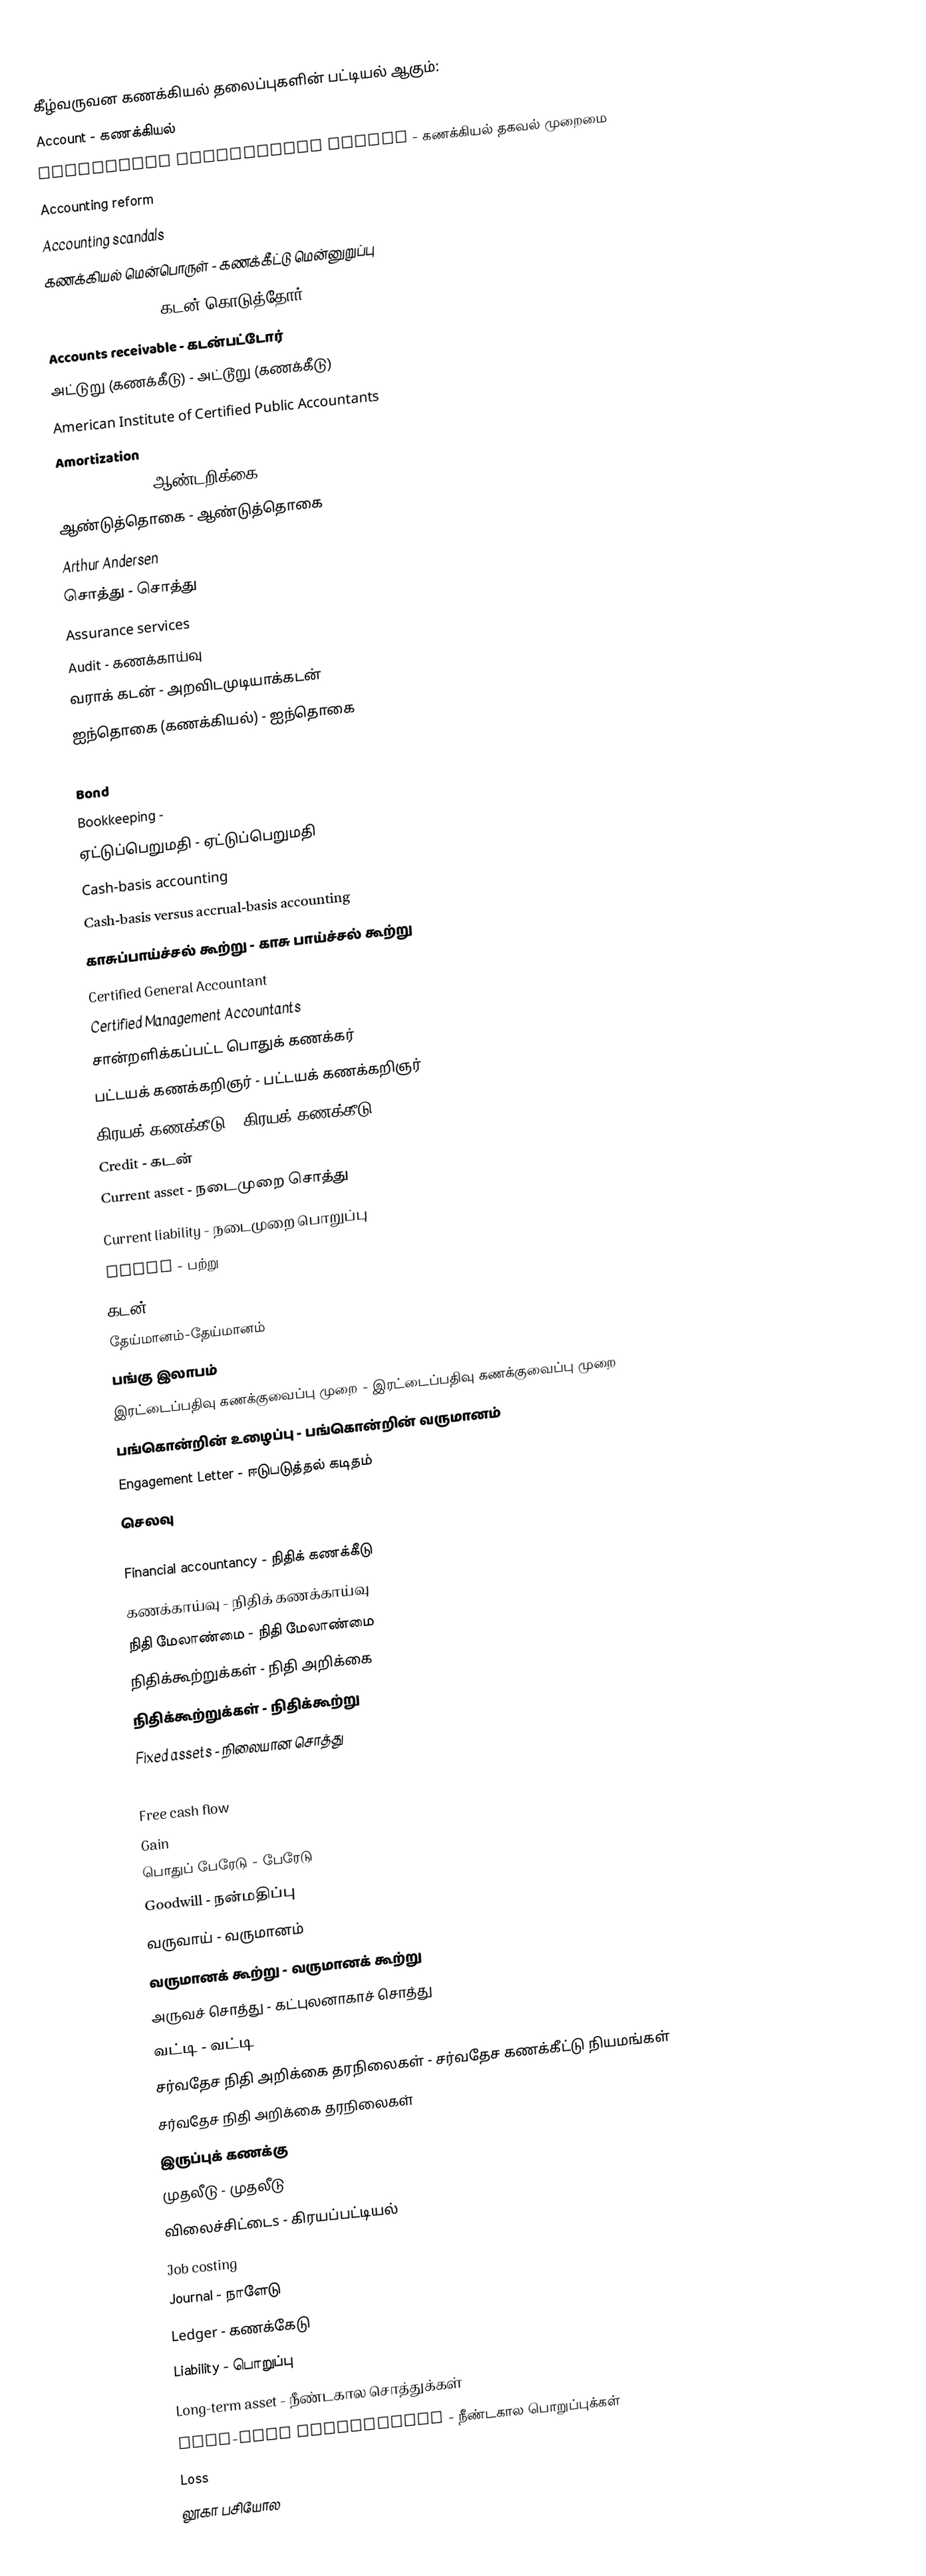
கீழ்வருவன கணக்கியல் தலைப்புகளின் பட்டியல் ஆகும்:
 Account - கணக்கியல்
 Accounting information system - கணக்கியல் தகவல் முறைமை
 Accounting reform
 Accounting scandals
 கணக்கியல் மென்பொருள் - கணக்கீட்டு மென்னுறுப்பு
 Accounts payable - கடன் கொடுத்தோர்
 Accounts receivable - கடன்பட்டோர்
 அட்டுறு (கணக்கீடு) - அட்டூறு (கணக்கீடு)
 American Institute of Certified Public Accountants
 Amortization
 Annual report - ஆண்டறிக்கை
 ஆண்டுத்தொகை - ஆண்டுத்தொகை
 Arthur Andersen
 சொத்து - சொத்து
 Assurance services
 Audit - கணக்காய்வு
 வராக் கடன் - அறவிடமுடியாக்கடன்
 ஐந்தொகை (கணக்கியல்) - ஐந்தொகை
 Big Four auditors
 Bond
 Bookkeeping -
 ஏட்டுப்பெறுமதி - ஏட்டுப்பெறுமதி
 Cash-basis accounting
 Cash-basis versus accrual-basis accounting
 காசுப்பாய்ச்சல் கூற்று - காசு பாய்ச்சல் கூற்று
 Certified General Accountant
 Certified Management Accountants
 சான்றளிக்கப்பட்ட பொதுக் கணக்கர்
 பட்டயக் கணக்கறிஞர் - பட்டயக் கணக்கறிஞர்
 கிரயக் கணக்கீடு - கிரயக் கணக்கீடு
 Credit - கடன்
 Current asset - நடைமுறை சொத்து
 Current liability - நடைமுறை பொறுப்பு
 Debit - பற்று
 கடன்
 தேய்மானம்-தேய்மானம்
 பங்கு இலாபம்
 இரட்டைப்பதிவு கணக்குவைப்பு முறை - இரட்டைப்பதிவு கணக்குவைப்பு முறை
 பங்கொன்றின் உழைப்பு - பங்கொன்றின் வருமானம்
 Engagement Letter - ஈடுபடுத்தல் கடிதம்
 செலவு
 Equity
 Financial accountancy - நிதிக் கணக்கீடு
 கணக்காய்வு - நிதிக் கணக்காய்வு
 நிதி மேலாண்மை - நிதி மேலாண்மை
 நிதிக்கூற்றுக்கள் - நிதி அறிக்கை
 நிதிக்கூற்றுக்கள் - நிதிக்கூற்று
 Fixed assets - நிலையான சொத்து
 Forensic accounting
 Free cash flow
 Gain
 பொதுப் பேரேடு - பேரேடு
 Goodwill - நன்மதிப்பு
 வருவாய் - வருமானம்
 வருமானக் கூற்று - வருமானக் கூற்று
 அருவச் சொத்து - கட்புலனாகாச் சொத்து
 வட்டி - வட்டி
 சர்வதேச நிதி அறிக்கை தரநிலைகள் - சர்வதேச கணக்கீட்டு நியமங்கள்
 சர்வதேச நிதி அறிக்கை தரநிலைகள்
 இருப்புக் கணக்கு
 முதலீடு - முதலீடு
 விலைச்சிட்டைs - கிரயப்பட்டியல்
 Job costing
 Journal - நாளேடு
 Ledger - கணக்கேடு
 Liability - பொறுப்பு
 Long-term asset - நீண்டகால சொத்துக்கள்
 Long-term liabilities - நீண்டகால பொறுப்புக்கள்
 Loss
 லூகா பசியோல